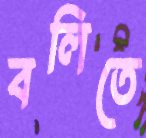
বলিতে